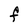
Character: F